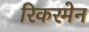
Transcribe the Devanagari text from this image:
रिकरमेन